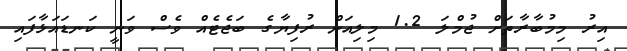
އިރު މިމުބާރާތަށް ޖުމްލަ 1.2 މިލިއަން ރުފިޔާގެ ބަޖެޓެއް ވެސް ވަނީ ކަނޑައަޅާފައި